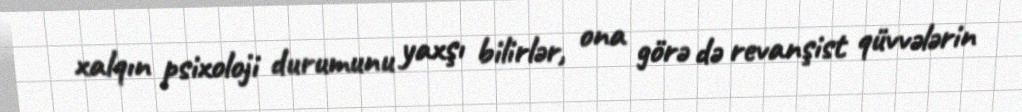
xalqın psixoloji durumunu yaxşı bilirlər, ona görə də revanşist qüvvələrin